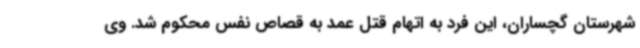
شهرستان گچساران، این فرد به اتهام قتل عمد به قصاص نفس محکوم شد. وی